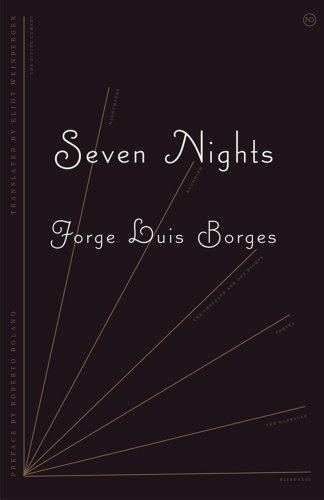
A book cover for Seven Nights (Revised Edition) (New Directions Paperbook); Jorge Luis Borges; Literature & Fiction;